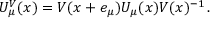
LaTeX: U _ { \mu } ^ { V } ( x ) = V ( x + e _ { \mu } ) U _ { \mu } ( x ) V ( x ) ^ { - 1 } \, .